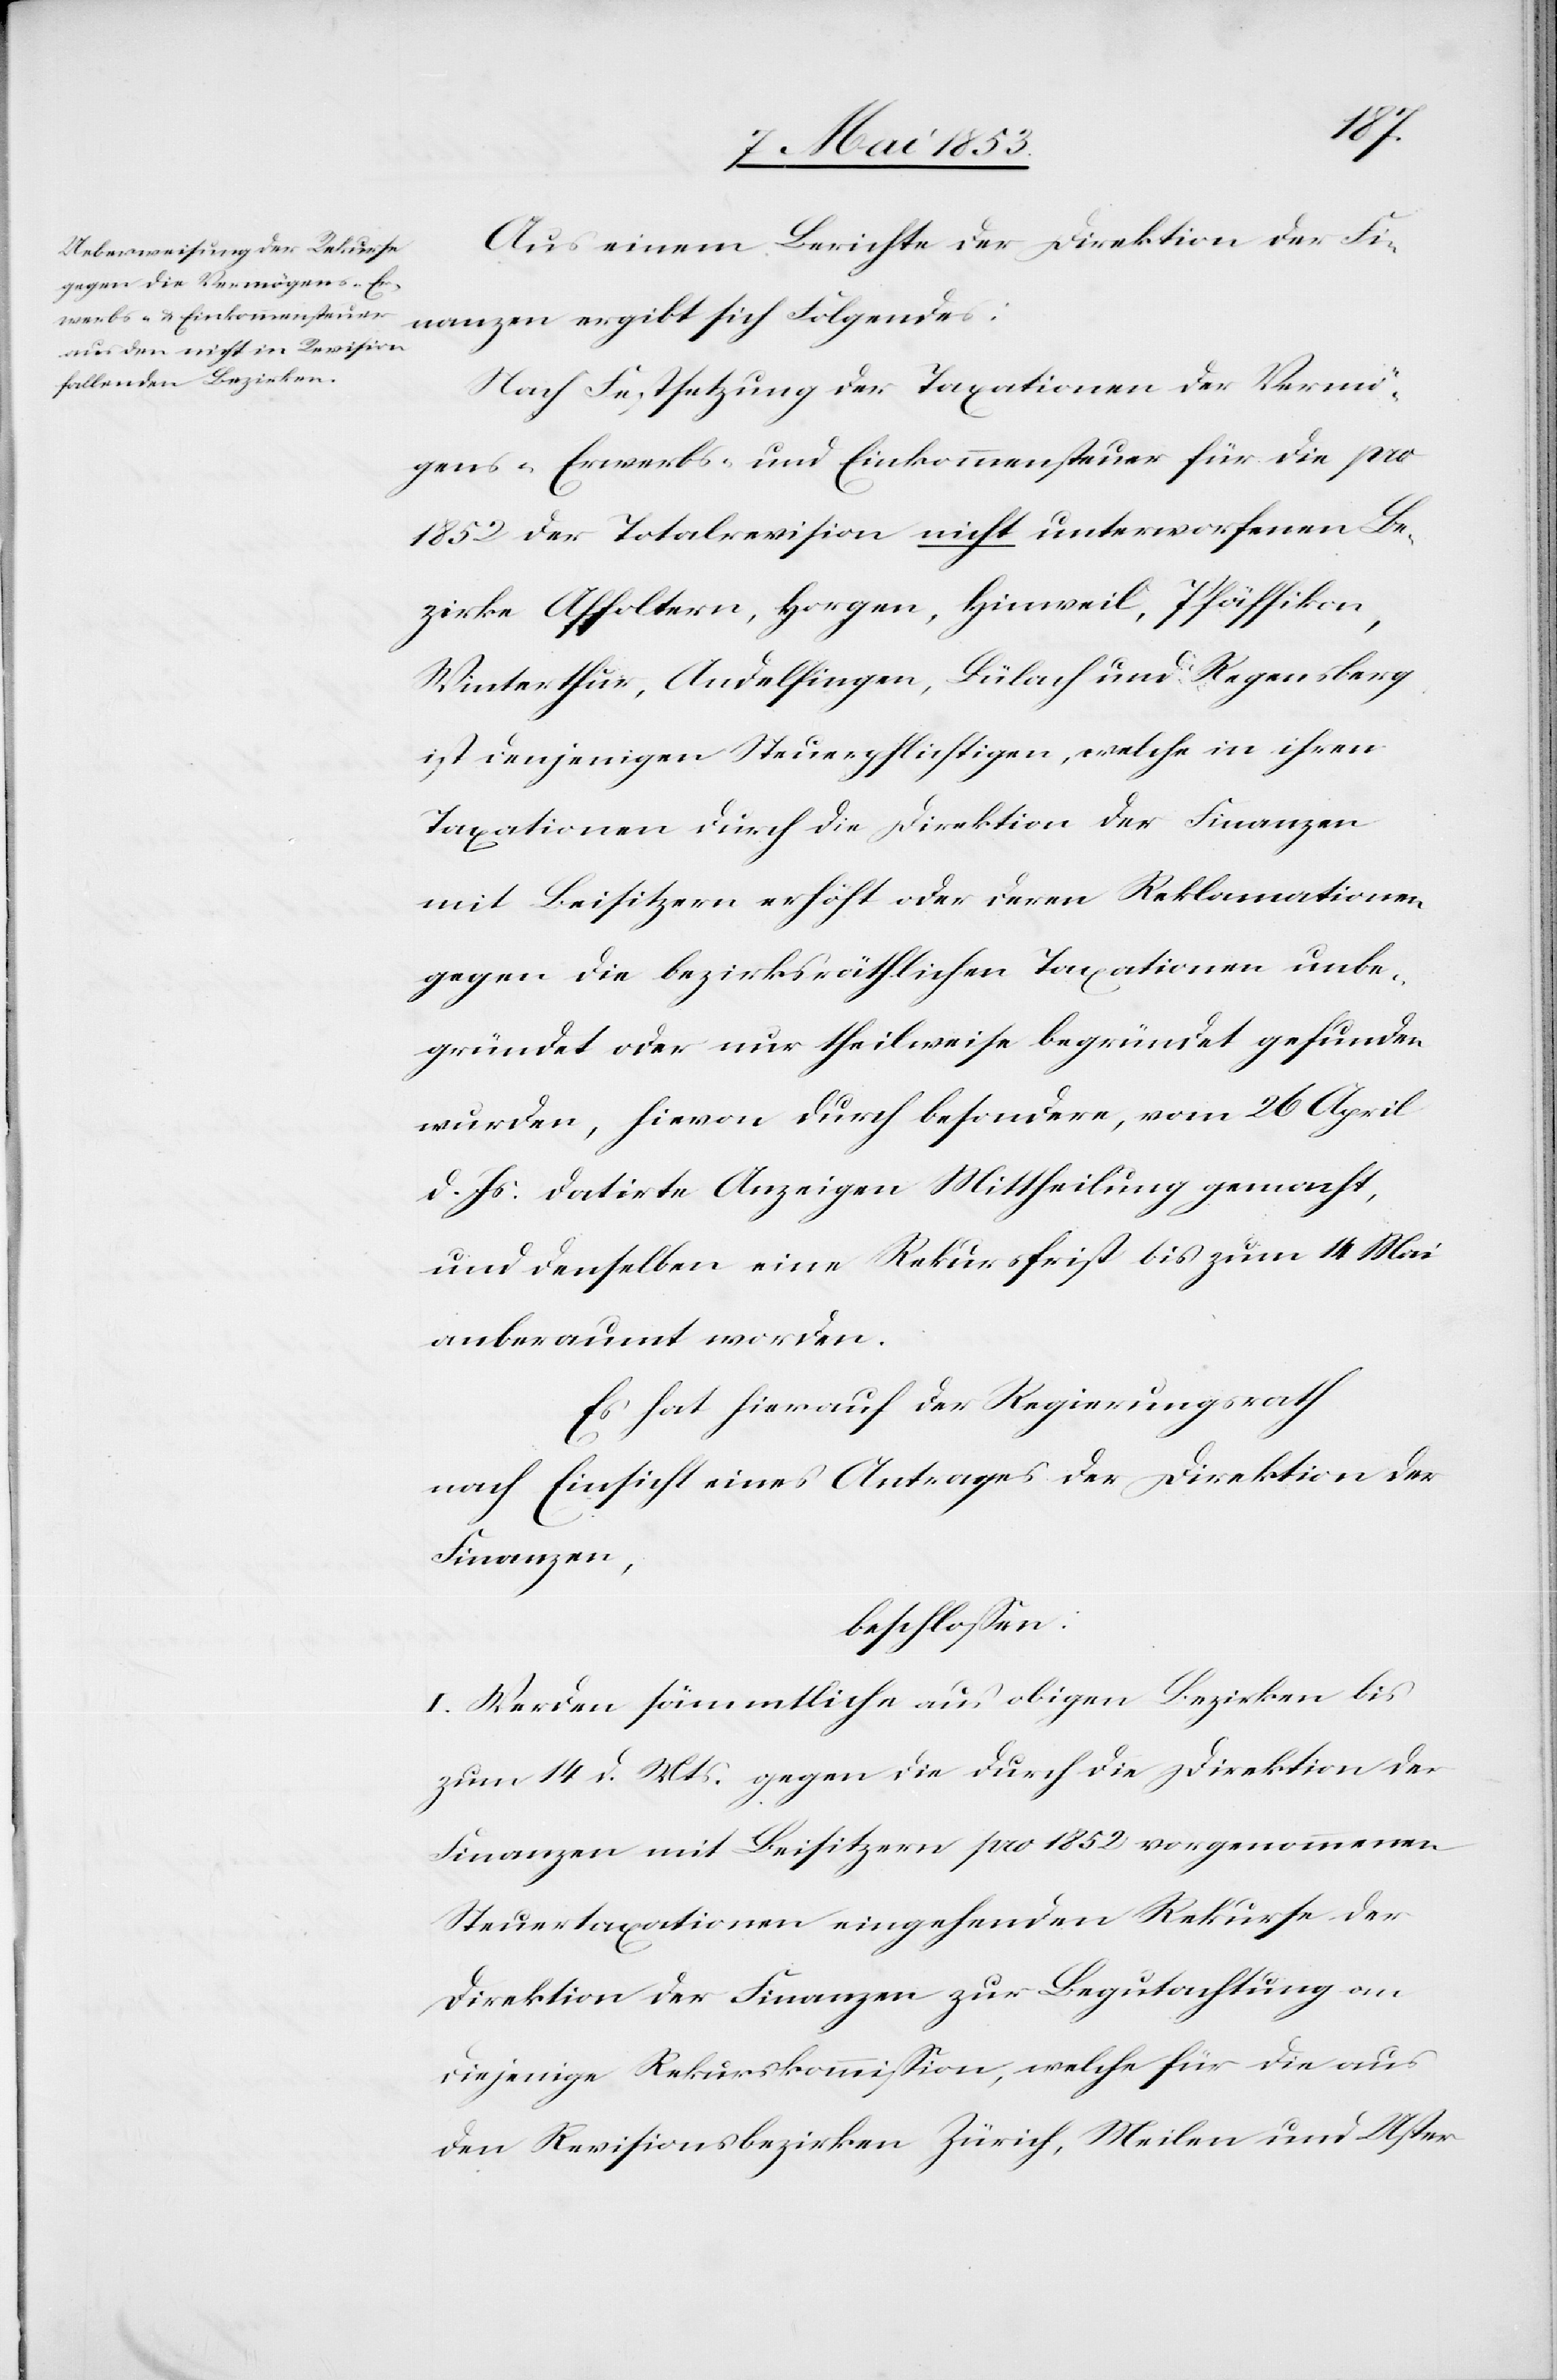
Aus einem Berichte der Direktion der Fi¬
nanzen ergibt sich Folgendes:
Nach Festsetzung der Taxationen der Vermö¬
gens- Erwerbs- und Einkommenssteuer für die pro
1852 der Totalrevision nicht unterworfenen Be¬
zirke Affoltern, Horgen, Bülach und Regensberg
ist denjenigen Steuerpflichtigen, welche in ihren
Taxationen durch die Direktion der Finanzen
mit Beisitzern erhöht oder deren Reklamationen
gegen die bezirksräthlichen Taxationen unbe¬
gründet oder nur theilweise begründet gefunden
wurden, hievon durch besondere, vom 26 April
d. Js. datirte Anzeigen Mittheilung gemacht,
und denselben eine Rekursfrist bis zum 4 Mai
anberaumt worden.
Es hat hierauf der Regierungsrath
nach Einsicht eines Antrages der Direktion der
Finanzen,
beschloßen:
I. Werden sämmtliche aus obigen Bezirken bis
zum 14. d. Mts. gegen die durch die Direktion der
Finanzen und Beisitzern pro 1852 vorgenommenen
Steuertaxationen eingehenden Rekurse der
Direktion der Finanzen zur Begutachtung an
diejenige Rekurskommißion, welche für die aus
den Revisionsbezirken Zürich, Meilen und Uster